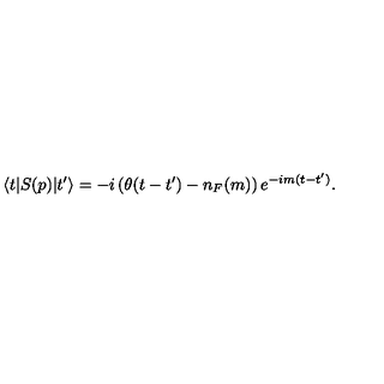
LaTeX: \langle t \vert S ( p ) \vert t ^ { \prime } \rangle = - i \left( \theta ( t - t ^ { \prime } ) - n _ { F } ( m ) \right) e ^ { - i m ( t - t ^ { \prime } ) } .